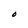
Character: O